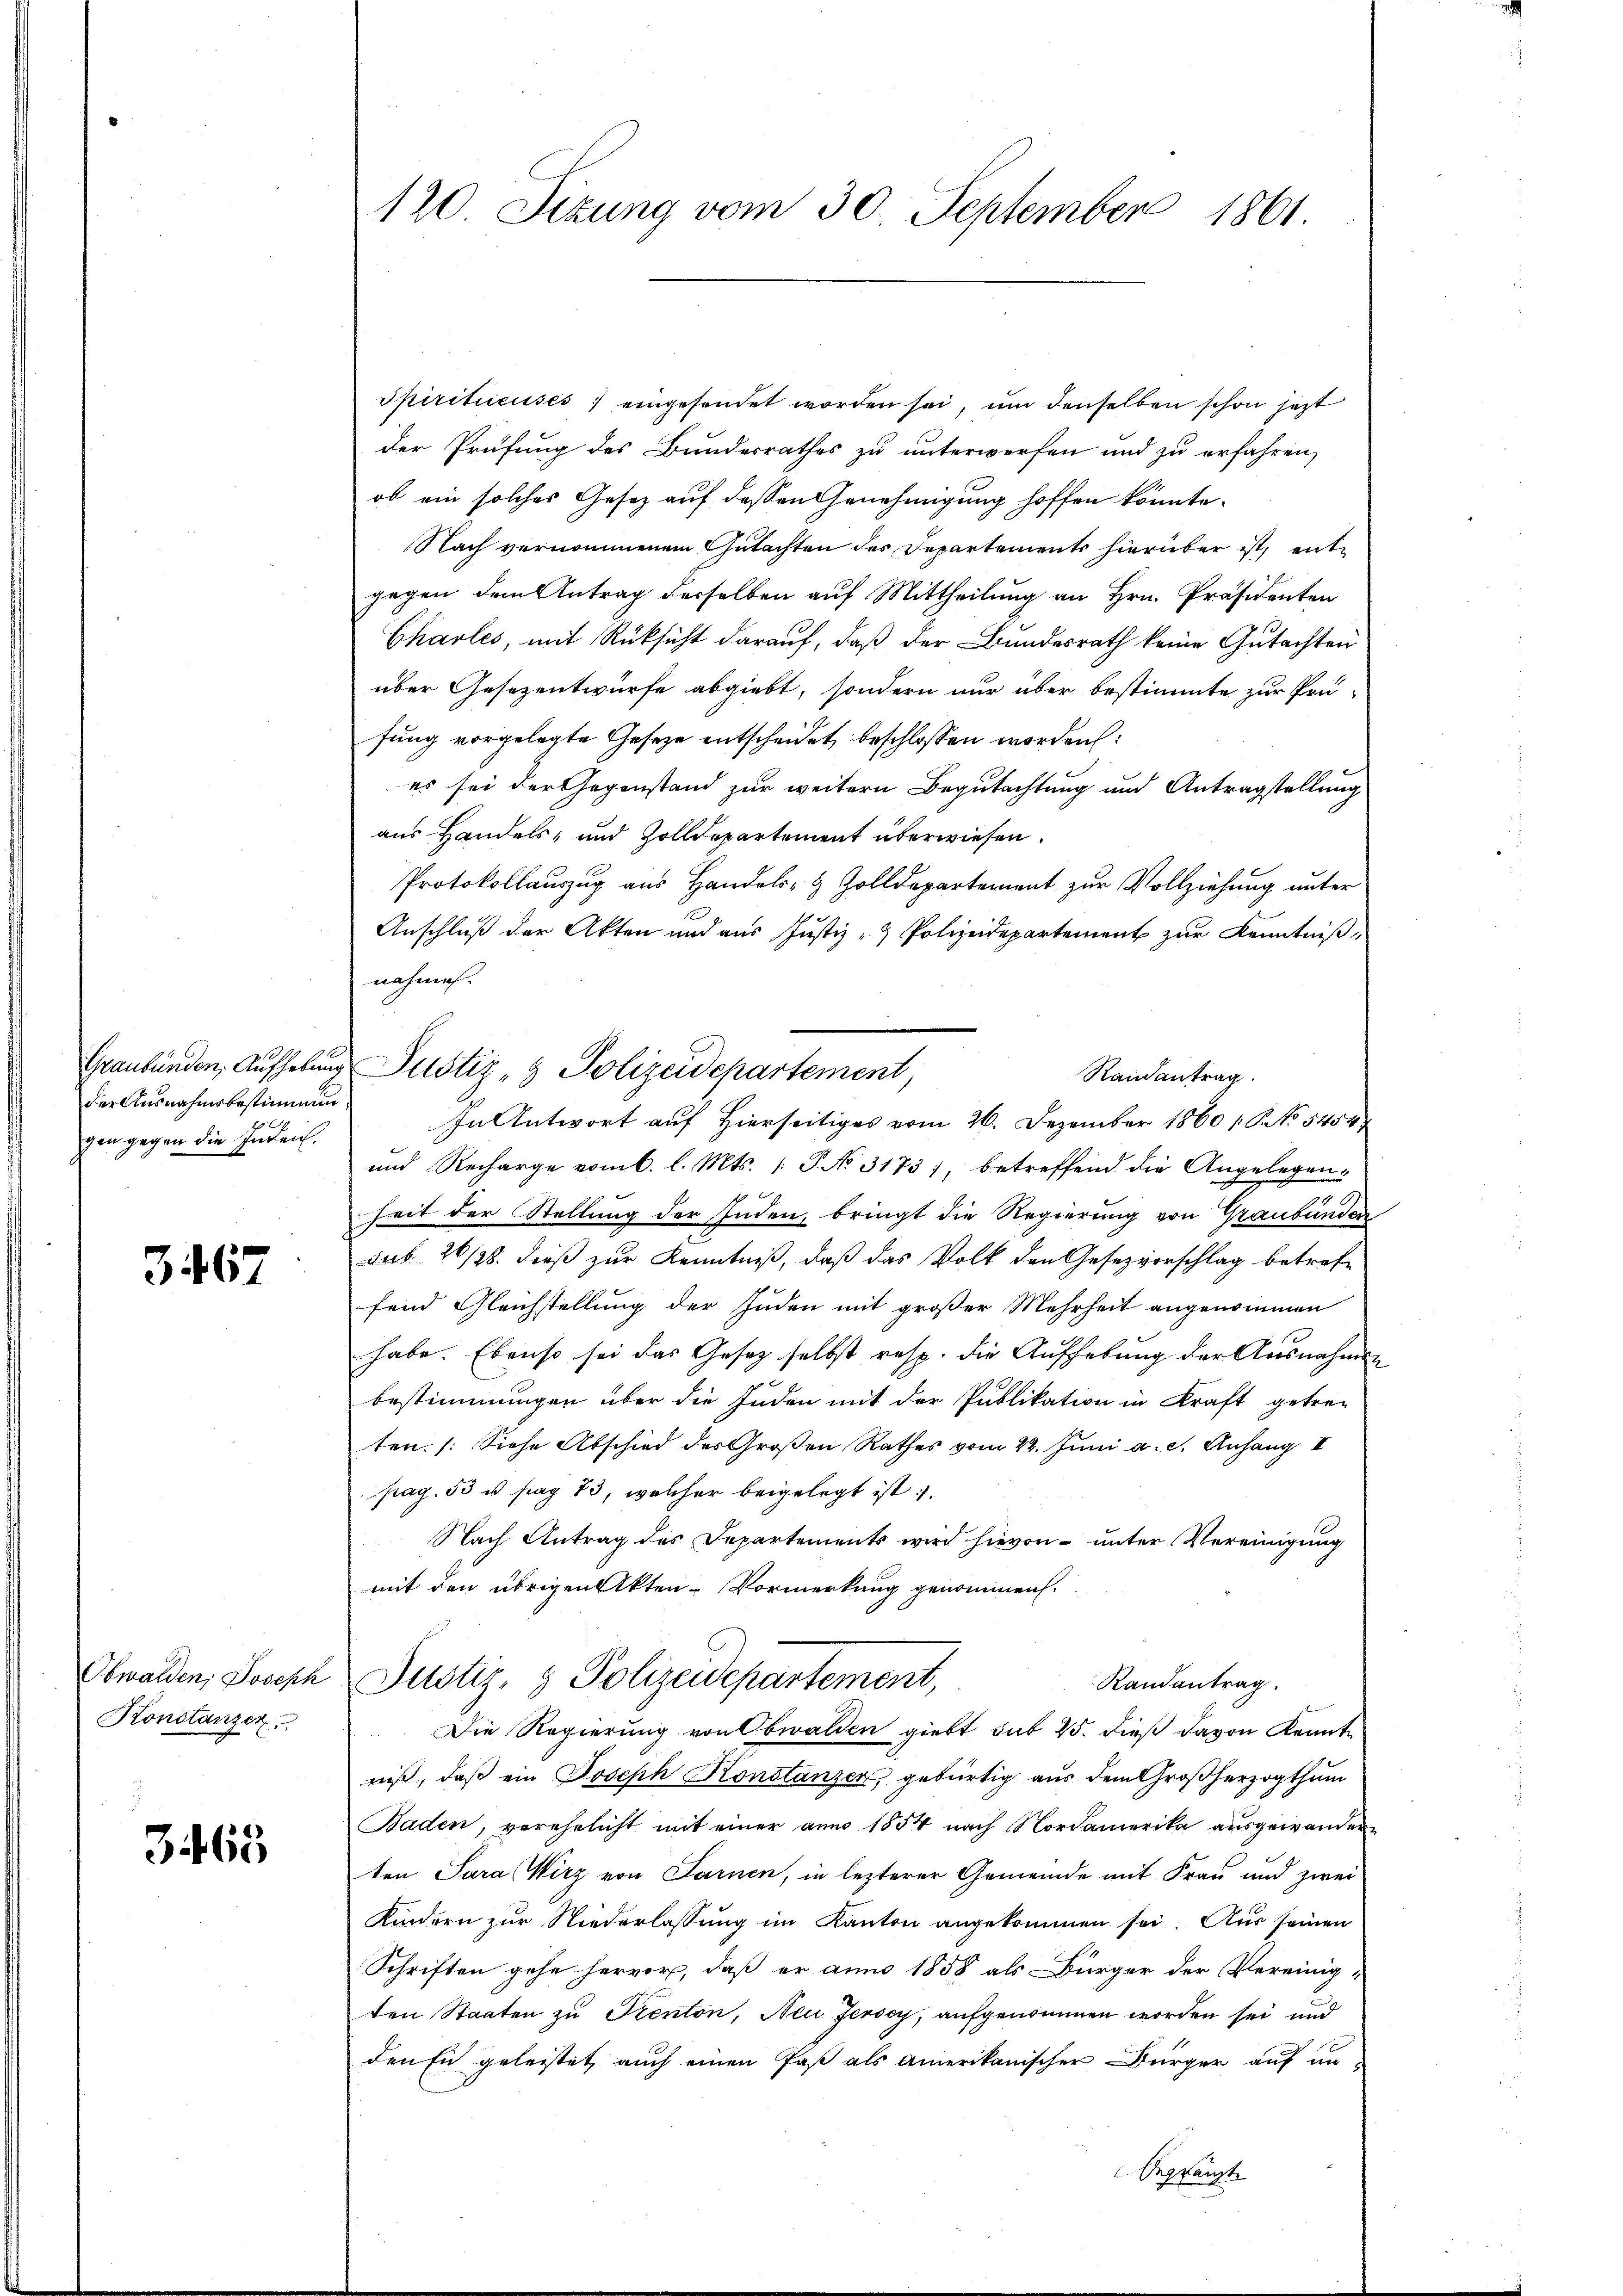
der Ausnahmsbestimmung
gen gegen die Inden.

3467

Obwalden, Joseph
Konstanzen

3465

120 Sizung vom 30. September 1861

Spiritiicusés, eingesendet worden sei, um denselben schon jetzt
der Prüfung des Bundesrathes zu unterwerfen und zu erfahren,
ob ein solches Gesetz auf dessen Genehmigung hoffen konnte.
Nach vernommenem Gutachten des Departements hierüber ist, entgegen dem Antrag derselben auf Mittheilung an Hrn. Präsidenten
Charles, mit Rüksicht darauf, daß der Bundesrath keine Gutachten
über Gesezentwürfe abgiebt, sondern nur über bestimmte zur Prü-
fung vorgelegte Geseze entscheidet beschlossen worden
es sei der Gegenstand zur weitern Begutachtung und Antragstellung
aus Handels, und Zolldepartement überwiesen.
Protokollauszug aus Handels- & Zolldepartement zur Vollziehung unter
Anschluß der Akten und aus Justiz - Polizeidepartement zur Kenntnißnahmen.
In Antwort auf Hierseitiges vom 26. Dezember 1860 S. No 5454/
und Recharge vom 6. l. Mts. /: P. No. 3173), betreffend die Angelegend
heit der Stellung der Juden, bringt die Regierung von Graubünden
sub. 20/38. dieß zur Kenntniß, daß das Volk den Gesezvorschlag betreffend Gleichstellung der Juden mit großer Mehrheit angenommen
habe. Ebenso sei das Gesetz selbst resp. die Aufhebung der Ausnahmen
bestimmungen über die Juden mit der Publikation in Kraft getreten. (Siehe Abschied des Großen Rathes vom 22. Juni a. c. Anhang II
pag. 53 u. pag. 83, welcher beigelegt ist;
Nach Antrag des Departements wird hievon unter Vereinigung
mit den übrigen Akten-Vormerkung genommen.
Justiz- & Polizeidepartement,
Randantrag.
Die Regierung von Obwalden giebt sub 25. dieß davon Kenntniß, daß ein Joseph Konstanzer, gebürtig aus dem Großherzogthum
Baden, verehelicht mit einer anno 1854 nach Nordamerika ausgewanden,
ten Sara Wirz von Sarnen, in lezterer Gemeinde mit Frau und zwei
Kindern zur Niederlassung im Kanton angekommen sei. Aus seinen
Schriften gehe hervor, daß er anno 1858 als Bürger der Vereinig-
ten Staaten zu Prenton, Neu Jersey, aufgenommen worden sei und
den Engeleistet, auch einen Paß als amerikanischer Bürger auf an-
Begkenste

Graubünden, Aufhebung Justiz- & Polizeidepartement

Randantrag